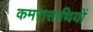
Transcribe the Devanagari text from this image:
कमरासाथियों